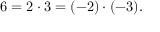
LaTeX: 6 = 2 \cdot 3 = ( - 2 ) \cdot ( - 3 ) .